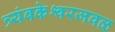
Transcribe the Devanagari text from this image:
त्र्यंबकेश्वरजवळ